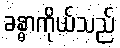
ခန္ဓာကိုယ်သည်